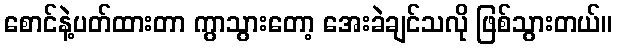
စောင်နဲ့ပတ်ထားတာ ကွာသွားတော့ အေးခဲချင်သလို ဖြစ်သွားတယ်။